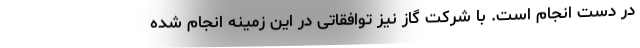
در دست انجام است. با شرکت گاز نیز توافقاتی در این زمینه انجام شده